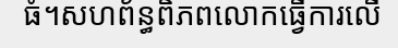
ធំ។សហព័ន្ធពិភពលោកធ្វើការលើ